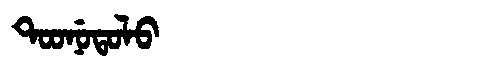
Manchu: ᡨᠣᠣᠨᡠᡨᠣᠯᠣ
Romanization: TOONUTOLO